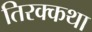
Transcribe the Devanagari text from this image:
तिरक्कथा